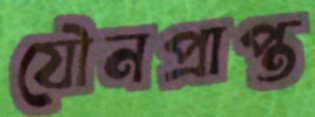
যৌনপ্রাপ্ত